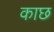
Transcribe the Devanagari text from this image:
काछ